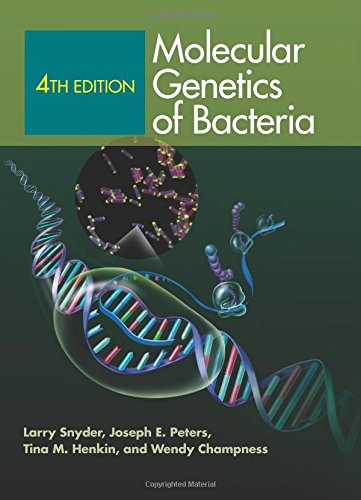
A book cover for Molecular Genetics of Bacteria, 4th Edition; Larry Snyder; Medical Books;